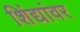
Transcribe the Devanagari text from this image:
शिंद्यांवर